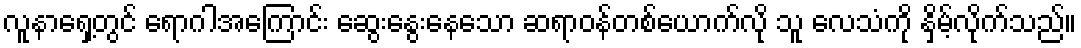
လူနာရှေ့တွင် ရောဂါအကြောင်း ဆွေးနွေးနေသော ဆရာဝန်တစ်ယောက်လို သူ လေသံကို နှိမ့်လိုက်သည်။